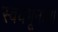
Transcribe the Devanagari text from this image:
स्वयंभूनाथ।